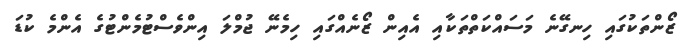
ޒޯންތަކުގައި ހިނގޭނެ މަސައްކަތްތަކާއި އެއިން ޒޯނެއްގައި ހިމެނޭ ޖުމްލަ އިންވެސްޓުމެންޓުގެ އެންމެ ކުޑަ